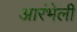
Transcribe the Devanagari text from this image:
आरंभेली